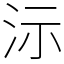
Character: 沶